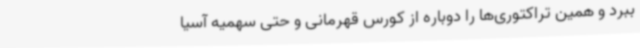
ببرد و همین تراکتوری‌ها را دوباره از کورس قهرمانی و حتی سهمیه آسیا